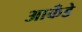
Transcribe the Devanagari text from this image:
आकँडे